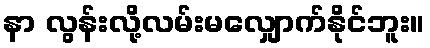
နာ လွန်းလို့လမ်းမလျှောက်နိုင်ဘူး။